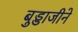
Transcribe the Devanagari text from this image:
बुड्डाजीने